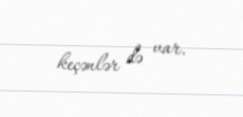
keçənlər də var.